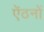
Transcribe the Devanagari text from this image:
ऐंठनों